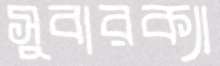
সুবারক্যা